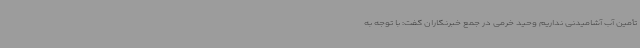
تأمین آب آشامیدنی نداریم وحید خرمی در جمع خبرنگاران گفت: با توجه به